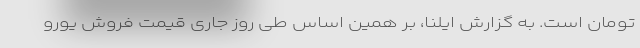
تومان است. به گزارش ایلنا، بر همین‌ اساس طی روز جاری قیمت فروش یورو